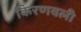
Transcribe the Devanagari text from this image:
किरणवली